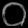
Digit: ၀